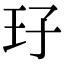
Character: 㺭